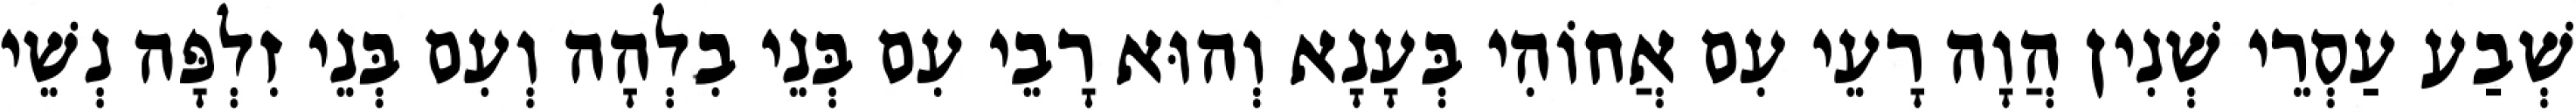
שְׁבַע עַסְרֵי שְׁנִין הֲוָה רָעֵי עִם אֲחוֹהִי בְּעָנָא וְהוּא רָבֵי עִם בְּנֵי בִלְהָה וְעִם בְּנֵי זִלְפָּה נְשֵׁי